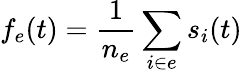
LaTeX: f_{e}(t)=\frac{1}{n_{e}}\sum_{i\in e}s_{i}(t)